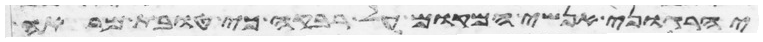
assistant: יהרגוני אנשי המקום על רבקה כי טובת מראה